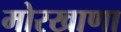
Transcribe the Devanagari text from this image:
मोरखाणा